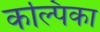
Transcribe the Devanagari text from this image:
कल्पिका